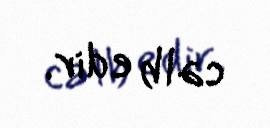
cəlb edir.